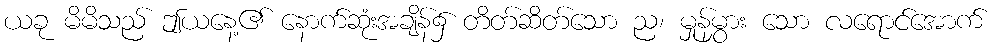
ယခု မိမိသည် ဤယနေ့၏ နောက်ဆုံးအချိန်၌ တိတ်ဆိတ်သော ည၊ မှုန်မွှား သော လရောင်အောက်